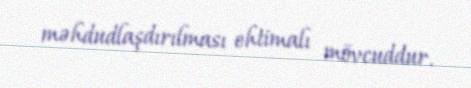
məhdudlaşdırılması ehtimalı mövcuddur.